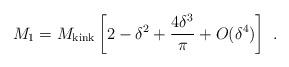
LaTeX: \begin{align*}M_1 = M_{\rm kink} \left[2 -\delta^2 + {4 \delta^3 \over \pi} + O(\delta^4)\right] \,\, .\end{align*}